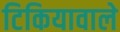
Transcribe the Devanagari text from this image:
टिकियावाले